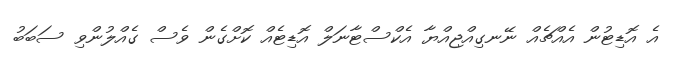
އެ އޮޑިޓުން އެއްޗެއް ނޭނގިއްޖިއްޔާ އެކްސްޓާނަލް އޮޑިޓެއް ކޮށްގެން ވެސް ގެއްލުންވި ސަބަބު